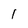
Character: 1